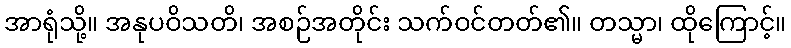
အာရုံသို့။ အနုပဝိသတိ၊ အစဉ်အတိုင်း သက်ဝင်တတ်၏။ တသ္မာ၊ ထိုကြောင့်။